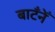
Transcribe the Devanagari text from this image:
बाटँनेँ